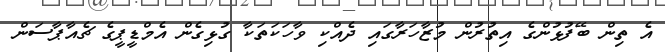
އެ ތިން ބޭފުޅުންގެ އިތުރުން މުޒާހަރާގައި ދެއްކި ވާހަކަތަކާ ގުޅިގެން އެމްޑީޕީގެ ޗެއާޕާސަން